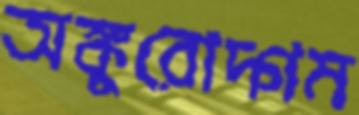
অঙ্কুরোদ্গম